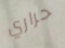
حراري